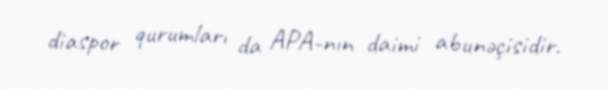
diaspor qurumları da APA-nın daimi abunəçisidir.